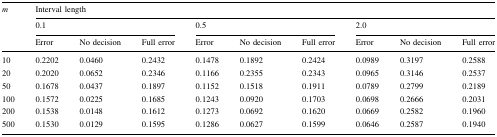
<table><thead><tr><td rowspan="3"><b><i>m</i></b></td><td colspan="9"><b>Interval length</b></td></tr><tr><td colspan="3"><b>0.1</b></td><td colspan="3"><b>0.5</b></td><td colspan="3"><b>2.0</b></td></tr><tr><td><b>Error</b></td><td><b>No decision</b></td><td><b>Full error</b></td><td><b>Error</b></td><td><b>No decision</b></td><td><b>Full error</b></td><td><b>Error</b></td><td><b>No decision</b></td><td><b>Full error</b></td></tr></thead><tbody><tr><td>10</td><td>0.2202</td><td>0.0460</td><td>0.2432</td><td>0.1478</td><td>0.1892</td><td>0.2424</td><td>0.0989</td><td>0.3197</td><td>0.2588</td></tr><tr><td>20</td><td>0.2020</td><td>0.0652</td><td>0.2346</td><td>0.1166</td><td>0.2355</td><td>0.2343</td><td>0.0965</td><td>0.3146</td><td>0.2537</td></tr><tr><td>50</td><td>0.1678</td><td>0.0437</td><td>0.1897</td><td>0.1152</td><td>0.1518</td><td>0.1911</td><td>0.0789</td><td>0.2799</td><td>0.2189</td></tr><tr><td>100</td><td>0.1572</td><td>0.0225</td><td>0.1685</td><td>0.1243</td><td>0.0920</td><td>0.1703</td><td>0.0698</td><td>0.2666</td><td>0.2031</td></tr><tr><td>200</td><td>0.1538</td><td>0.0148</td><td>0.1612</td><td>0.1273</td><td>0.0692</td><td>0.1620</td><td>0.0669</td><td>0.2582</td><td>0.1960</td></tr><tr><td>500</td><td>0.1530</td><td>0.0129</td><td>0.1595</td><td>0.1286</td><td>0.0627</td><td>0.1599</td><td>0.0646</td><td>0.2587</td><td>0.1940</td></tr></tbody></table>